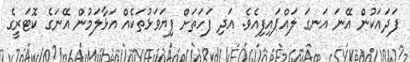
ފަދައަކުން އޭނަ އަނގަ ލައްޕައިފިއެވެ. އަދި ފަހަތަށް ފިޔަވަޅުތަކެއް އަޅާލަމުން އޭނަގެ ކޮޓަރީގެ